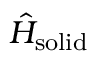
\hat { H } _ { \mathrm { s o l i d } }